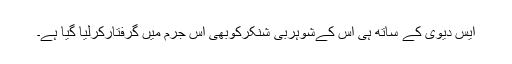
ایس دیوی کے ساتھ ہی اس کےشوہربی شنکرکوبھی اس جرم میں گرفتارکرلیا گیا ہے۔